Annual administration and progress report of the Indian Medical Department, Bombay
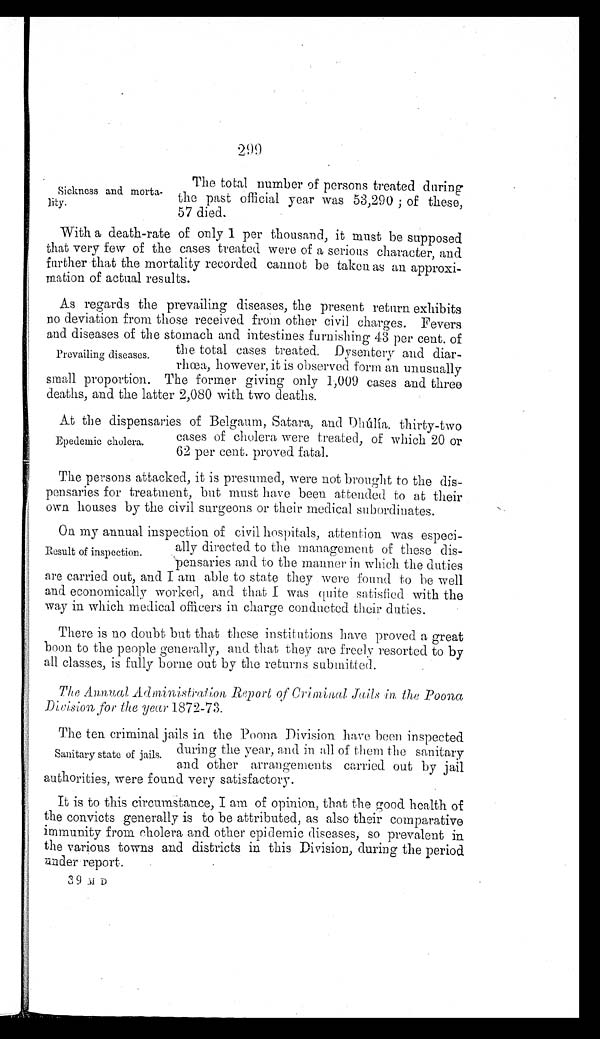
The total number of persons treated during
the past official year was 53,290; of these,
57 died.
With a death-rate of only 1 per thousand, it must be supposed
that very few of the cases treated were of a serious character, and
further that the mortality recorded cannot be taken as an approxi
-
mation of actual results.
As regards the prevailing diseases, the present return exhibits
no deviation from those received from other civil charges. Fevers
and diseases of the stomach and intestines furnishing 43 per cent. of
the total cases treated. Dysentery and diar
-
rhœa, however, it is observed form an unusually
small proportion. The former giving only 1,009 cases and three
deaths, and the latter 2,080 with two deaths.
At the dispensaries of Belgaum, Satara, and Dhúlía thirty-two
cases of cholera were treated, of which 20 or
62 per cent. proved fatal.
The persons attacked, it is presumed, were not brought to the dis
-
pensaries for treatment, but must have been attended to at their
own houses by the civil surgeons or their medical subordinates.
On my annual inspection of civil hospitals, attention was especi
-
ally directed to the management of these dis
-
pensaries and to the manner in which the duties
are carried out, and I am able to state they were found to be well
and economically worked, and that I was quite satisfied with the
way in which medical officers in charge conducted their duties.
There is no doubt but that these institutions have proved a great
boon to the people generally, and that they are freely resorted to by
all classes, is fully borne out by the returns submitted.
The Annual Administration Report of Criminal Jails in the Poona
D i v i s i o n f o r t h e y e a r
1 8 7 2 - 7 3 .
The ten criminal jails in the Poona Division have been inspected
during the year, and in all of them the sanitary
and other arrangements carried out by jail
authorities, were found very satisfactory.
It is to this circumstance, I am of opinion, that the good health of
the convicts generally is to be attributed, as also their comparative
immunity from cholera and other epidemic diseases, so prevalent in
the various towns and districts in this Division, during the period
under report.
3 9 M D
Sickness and morta
-lity.
Prevailing diseases.
Epedemic cholera.
Result of inspection.
Sanitary state of jails.